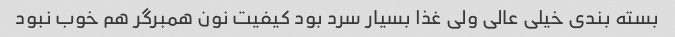
بسته بندی خیلی عالی ولی غذا بسیار سرد بود کیفیت نون همبرگر هم خوب نبود